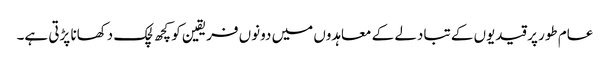
عام طور پر قیدیوں کے تبادلے کے معاہدوں میں دونوں فریقین کو کچھ لچک دکھانا پڑتی ہے۔